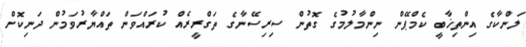
ލަންކާގެ އިންތިޚާބީ ކެމްޕޭން ނިންމާލުމުގެ ގޮތުން ސިރިސޭނާގެ ތަގްރީރެއް ކުރައްވަން ތައްޔާރުވަމުން ދަނިކޮށް